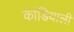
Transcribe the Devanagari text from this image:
कांडियाली